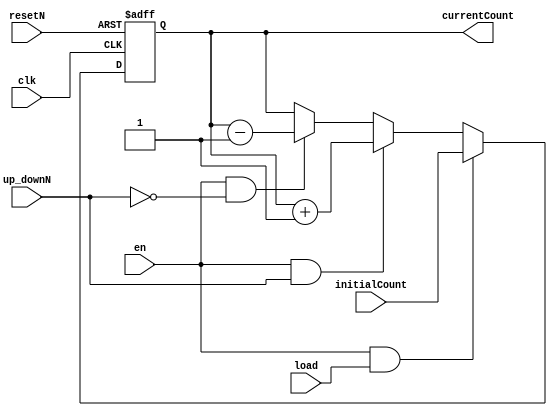
// This program was cloned from: https://github.com/habibagamal/SoC_Automation
// License: GNU General Public License v2.0


`timescale 1ns/1ns

module counter(clk, resetN, en, up_downN, load, initialCount, currentCount);
  
  input clk, resetN, en, up_downN, load; 
  input [4:0] initialCount;
  output reg [4:0] currentCount;
  
  always @ (posedge clk or negedge resetN) begin 
    if (!resetN) begin 
      currentCount <= 5'b0;
    end
    else begin 
      if (en && load)
        currentCount <= initialCount;
      else if (en && up_downN)
        currentCount <= currentCount + 1; 
      else if (en && !up_downN)
        currentCount <= currentCount - 1; 
      else 
        currentCount <= currentCount;
    end
  end
  
endmodule